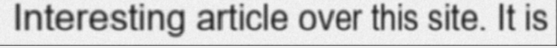
Interesting article over this site. It is